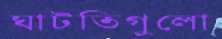
ঘাটতিগুলো